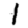
Digit: 1